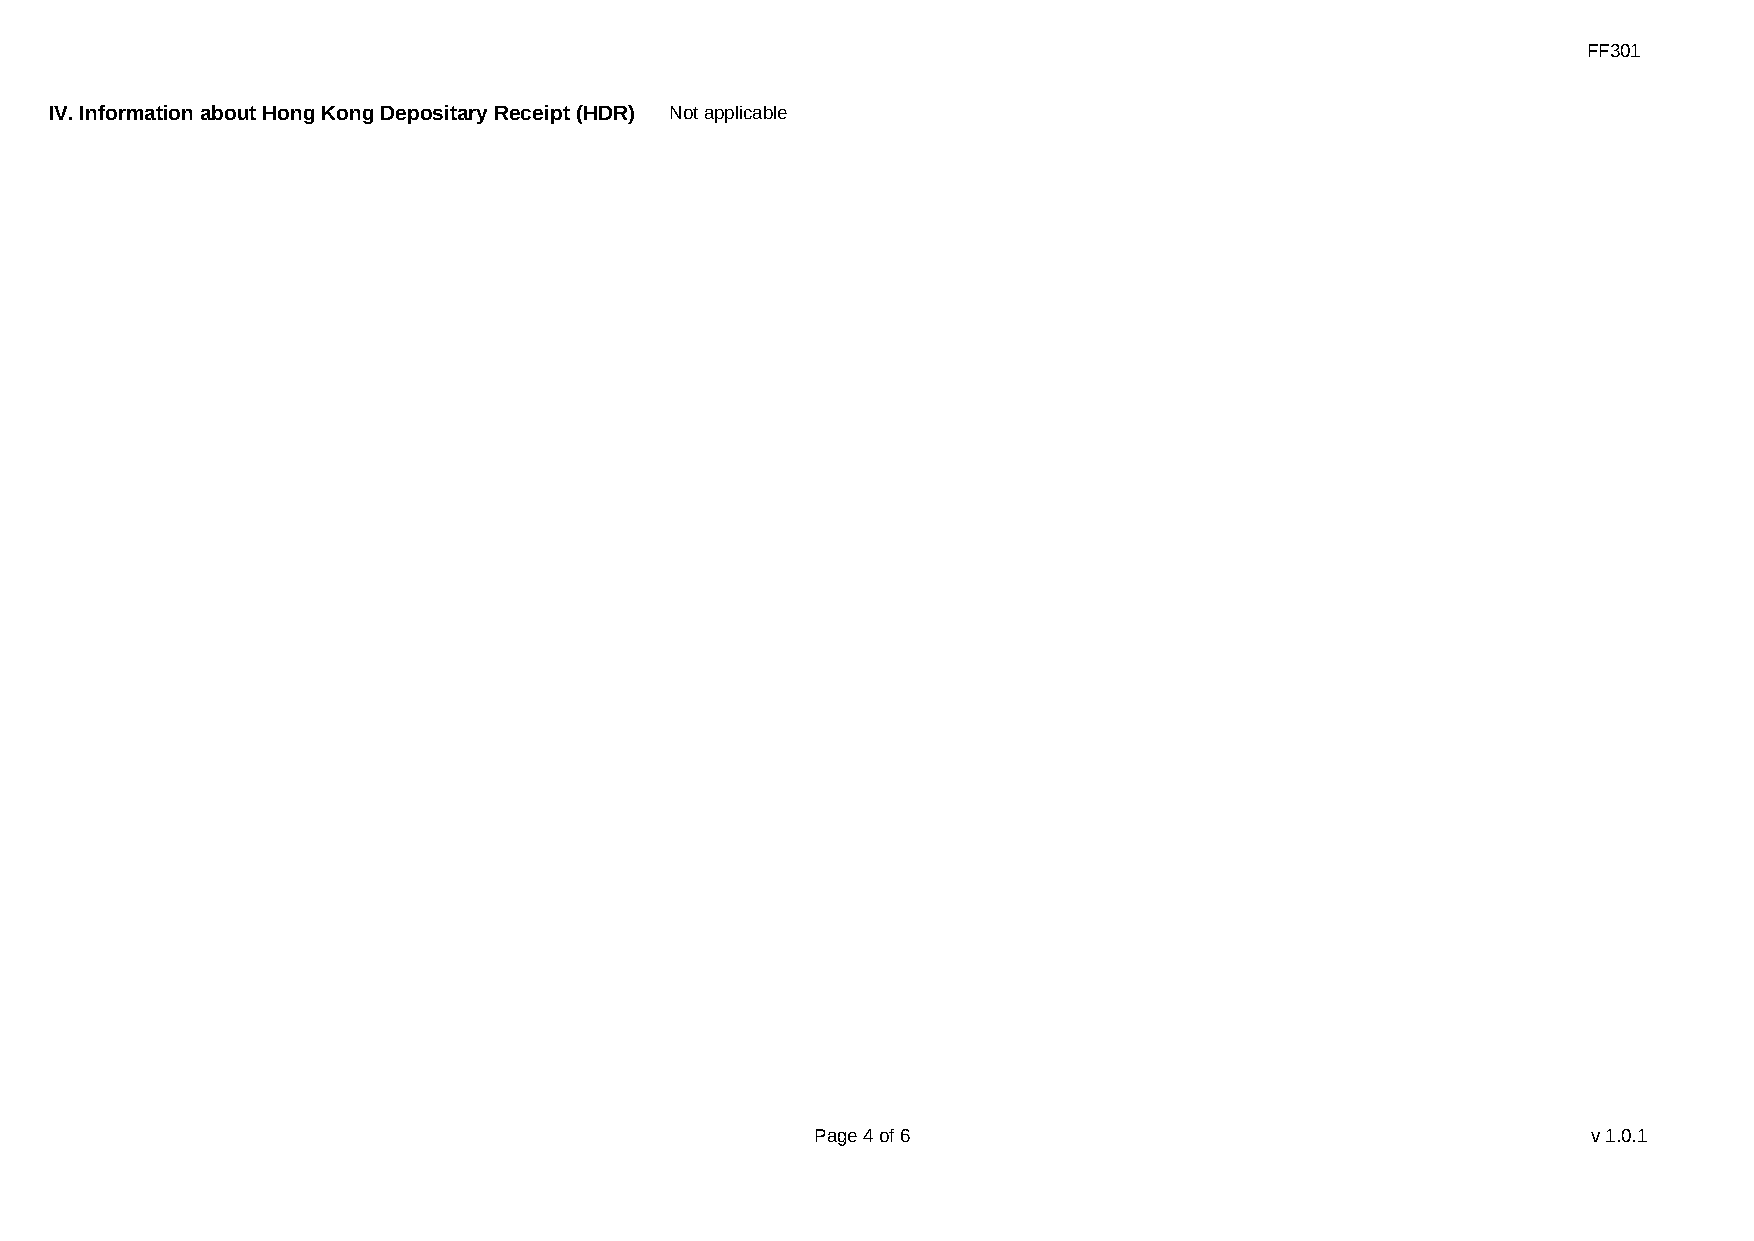
FF301
 IV. Information about Hong Kong Depositary Receipt (HDR) Not applicable
 Page 4 of 6                                        v1.0.1